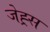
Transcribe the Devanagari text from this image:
जेह्र्स